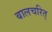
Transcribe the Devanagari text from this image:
बालचरित्‌